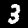
Digit: 3